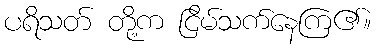
ပရိသတ် တို့က ငြိမ်သက်နေကြ၏။